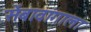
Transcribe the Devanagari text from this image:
सेंबावांगाला